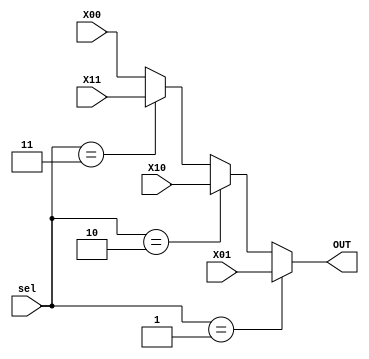
module mux_4_1(
		input		wire	[1:0]	sel,
		input		wire			X00,
		input		wire			X01,
		input		wire			X10,
		input		wire			X11,
		output	wire			OUT
	);
	
	assign	OUT = (sel == 2'b01) ? X01 : ((sel == 2'b10) ? X10 : ((sel == 2'b11) ? X11 : X00)) ;
	
endmodule